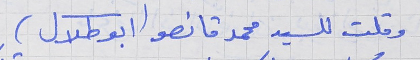
وقلت للسيد محمد قانصو (ابو طلال)